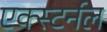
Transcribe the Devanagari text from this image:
एक्स्टर्नल